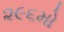
૨૯૬મો